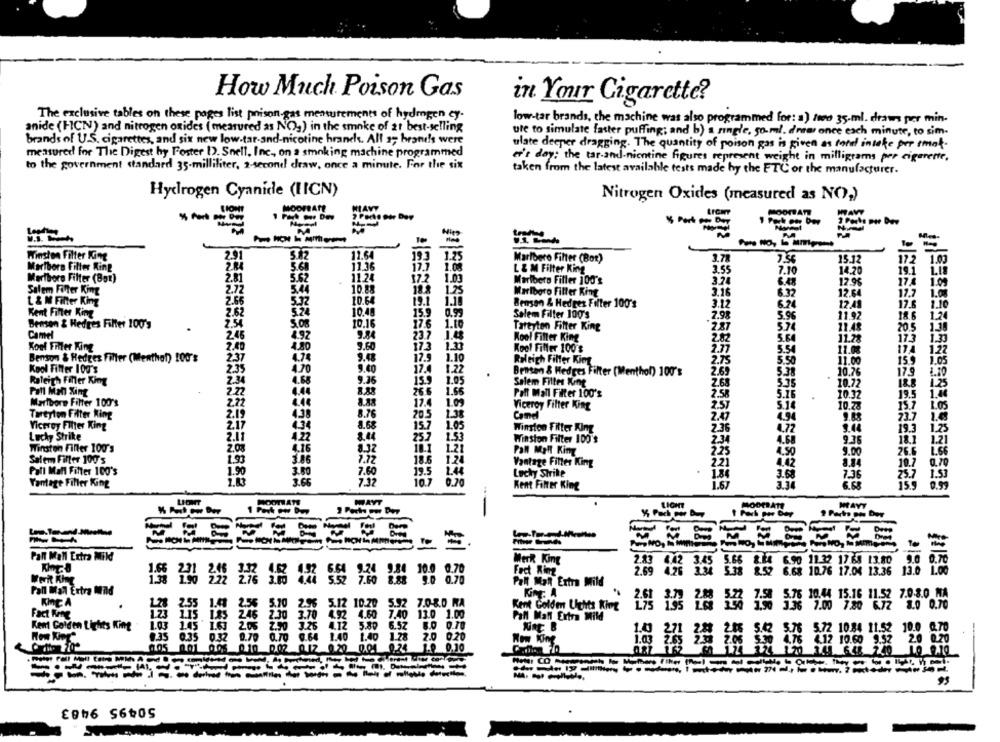
How Much Poison Gas
in Your Cigarette?
The exclusive tables on these pages list prison gas measurements of hydrogen cy.
low-tar brands, the machine was also programmed for: a) non 35.ml. draws per min.
anide (FICN) and nitrogen oxides ( measured as NO,) in the smoke of 21 best-selling
ute to simulate fatter puffing; and b) a single, 50-ml. dnear once each minute, to sim-
brands of U.S. cigarettes, and six new low-tar-and-nicotine hranchs. All 2; brands were
ulate deeper dragging. The quantity of poison gas is given as rand insake per emot.
measured for The Digest by Foster !). Snell, Inc ., on a smoking machine programmed
to the government standard 35-milliliter, 2-second draw, once a minute. For the six
er's day: the tar-and-nientine figures represent weight in milligrams per cigarette.
taken from the latest available tests made by the FTC or the manufacturer.
Hydrogen Cyanide (IICN)
Nitrogen Oxides (measured as NO,)
MOOFRATE
NAVY
22000 cm Boy
=
Winston Filter King
2.91
11.64
193
1.25
Marlboro Filter (Box)
3.78
7.36
15.12
17.2
1.03
Marlboro Filter King
11.36
L & M Filter King
3.55
7.10
14.20
19.1
Marlboro Filter (Box)
2.81
5.62
11.24
1.01
Marlboro Filler 100's
3.24
6.48
12.96
17.4
2.72
5.44
10.88
18.3
125
Salem Filter King
Marlboro Filter King
3.16
6.32
12.64
17.7
L & M Filter King
2.66
5.77
10.64
19.1
Benson & Hedges Filter 100's
3.12
6.24
12.41
17.6
1.10
2.62
10.49
Kent Filter King
15.9
Salem Filter 100's
2.98
5.9%
11.97
1.24
Benson & Hedges Filter 100's
2.54
5.08
10.16
17.6 1.10
Tattyton Filter King
2.87
574
11.48
1.30
2.46
9.84
20.5
Camel
4.92
23.7 1.0
Kool Filter King
2.82
5.64
11.2%
173
Koel Filter King
2.40
4.80
9.60
Kool Filter 100's
7.77
5.54
11.08
1.27
173 1.30
Benson & Hedges Filter (Menthat) 100's
2.37
4.74
9.48
17.5 1.10
Raleigh Filter Kint
2.75
5.50
11.00
159
1.05
Kool Filter 100's
235
4.70
9.40
17.4
1.22
Bensen & Hedges Filter (Menthol) 100's
2.69
5.38
10.26
79
2.34
Raleigh Filler King
4.68
9.36
1.05
Salem Filter Xing
268
5.75
10.72
188
1.25
Pall Man Xing
2.22
26.5 1.66
Pall Mall Filter 100's
2.58
5.16
10.32
19.5
Maribore Filter 100's
17.4
1.09
Viceroy Filter King
2.57
5.14
10.7.
15.7
LOS
Tareyton Filter King
2.19
4.38
8.76
205
1.38
Cand
2.47
4.34
9.88
Viceroy Filter King
2.17
4.34
15.7
1.05
Winston Filter King
2.36
1.72
9.4
19.
Lucky Strike
2.11
25.7
1.53
Winston Filter 100's
2.34
4.68
9.36
1.21
Winston Filter 100's
2.0%
4.16
1.21
Pall Mall Kiny
2.25
4.50
9.00
26.6
Salem Filter 100's
3.86
18.6
1.25
0.70
Vantage Filter King
221
10.7
Pall Mall Filter 100's
1.90
3.00
7.50
19.5 1.44
Lucky Strike
1.84
3.68
1.53
Vantage Filler King
3.66
7.32
10.1
0.70
7.36
Kent Filter King
MAYT
LIGHT
MAYT
MODERATE
--
-
Pall Mall Extra Mild
Merk King
8 2 600 1122 1768 13.80 0.0 0.70
Fect King
6.68 10.76 17.04 13.36 13.0 1.00
10.0 0.70
0 0.70
138 1
Z Z2 276 1.7 444 5.52 7.50 3.88
Pall Mall Extra Mild
Pall Mal Ertra Mild
King: A
5.76 10.44 15.16 11.52 7.0.8.0 MA
KINE A
1.28
2.55 1.00
5.70
5.12 10.20
5.92 7.08.0 RA
Kent Golden Lights King
195 195 163 150 1.50 3.36 7.00 7.80 6.72 8.0 0.70
Fact None
123
2.30 3.70 4.92 4.60 7.40 13.0 1.00
1.15 1.45 246
Paff Maff Extra Mild
Kent Golden Lights King
1.03 1.45 1.63 2.05
3.26 4.12 5.80
6.5Z
8.0 0.70
1.03 271 223 2.15 5.42 5.76 5.72 10.84 11.52 10.0 0.70
1.43
0.35 0.32 0.70 0.70 0.64 1.40 1.40 1.28 2.0 0.20
:572 1084 11.52 10.0 0.70
-
Now King
1.03 2005 200 205 550 076 012 10.60 052 20 020
005 001 005 010 0.02 0.12 0.20 0.01 0.24 1.0 0.10
50495 9483